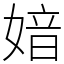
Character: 㛺